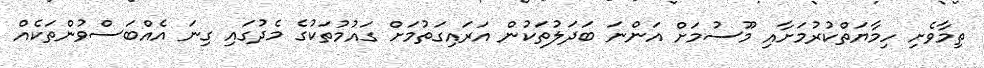
ތިމާވެށި ހިމާޔަތްކުރުމަށާއި މޫސުމަށް އަންނަ ބަދަލުތަކުން އަރައިގަތުމަށް ގައުމުތަކުގެ މެދުގައި ގިނަ އެއްބަސްވުންތަކެއް